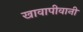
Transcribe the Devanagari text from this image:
खावापीवानी